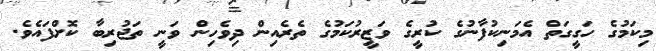
މިކަމުގެ ހަގީގަތް އެމަނިކުފާނުގެ ކުރީގެ ވަޒީރުކަމުގެ ތެރެއިން ދިވެހިން ވަނީ ތަޖުރިބާ ކޮށްފައެވެ.